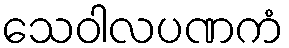
သေဝါလပဏကံ